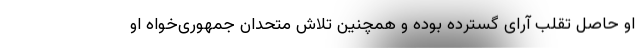
او حاصل تقلب آرای گسترده بوده و همچنین تلاش متحدان جمهوری‌خواه او